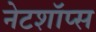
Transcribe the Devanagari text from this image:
नेटशॉप्स